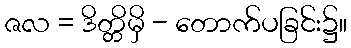
ဇလ = ဒိတ္တိမှိ - တောက်ပခြင်း၌။